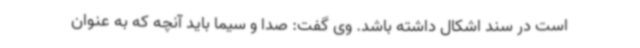
است در سند اشکال داشته باشد. وی گفت: صدا و سیما باید آنچه که به عنوان